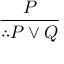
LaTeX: \frac { P } { \therefore P \lor Q }